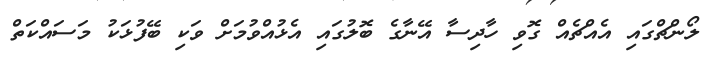
ލޯންޗްގައި އެއްޗެއް ގޮވި ހާދިސާ އޭނާގެ ބޮލުގައި އެޅުއްވުމަށް ވަކި ބޭފުޅަކު މަސައްކަތް